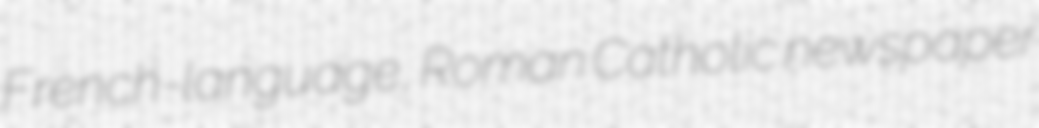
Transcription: French-language, Roman Catholic newspaper